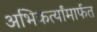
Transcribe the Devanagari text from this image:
अभिकर्त्यांमार्फत